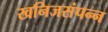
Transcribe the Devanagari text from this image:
खनिजसंपन्न